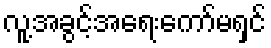
လူ့အခွင့်အရေးကော်မရှင်